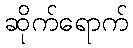
ဆိုက်ရောက်